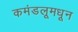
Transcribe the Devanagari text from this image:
कमंडलूमधून